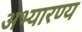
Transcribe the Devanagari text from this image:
अभ्यारण्य